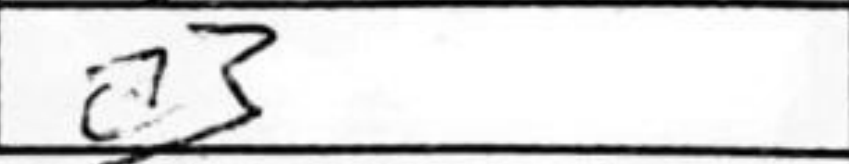
Transcription: a3